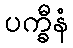
ပက္ခီနံ